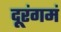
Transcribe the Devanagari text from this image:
दूरंगमं